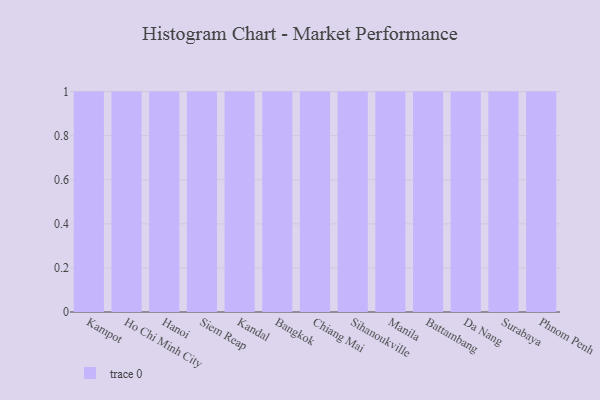
{"axis": {"x": "City", "y": "Population (Million)"}, "legend": [""], "data": [{"x": "Kampot", "y": 45, "type": ""}, {"x": "Ho Chi Minh City", "y": 67, "type": ""}, {"x": "Hanoi", "y": 86, "type": ""}, {"x": "Siem Reap", "y": 33, "type": ""}, {"x": "Kandal", "y": 49, "type": ""}, {"x": "Bangkok", "y": 84, "type": ""}, {"x": "Chiang Mai", "y": 37, "type": ""}, {"x": "Sihanoukville", "y": 90, "type": ""}, {"x": "Manila", "y": 93, "type": ""}, {"x": "Battambang", "y": 27, "type": ""}, {"x": "Da Nang", "y": 51, "type": ""}, {"x": "Surabaya", "y": 74, "type": ""}, {"x": "Phnom Penh", "y": 90, "type": ""}]}